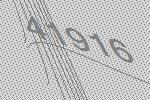
41916